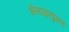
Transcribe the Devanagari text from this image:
भेसळयुक्त